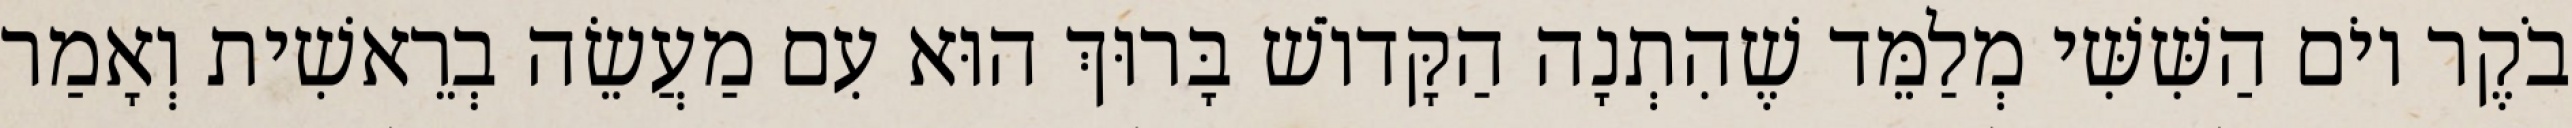
בֹקֶר יוֹם הַשִּׁשִּׁי מְלַמֵּד שֶׁהִתְנָה הַקָּדוֹשׁ בָּרוּךְ הוּא עִם מַעֲשֵׂה בְרֵאשִׁית וְאָמַר